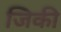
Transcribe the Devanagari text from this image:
जिकी